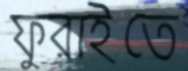
ফুরাইতে